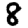
Digit: 8